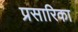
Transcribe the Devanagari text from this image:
प्रसारिका